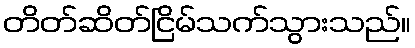
တိတ်ဆိတ်ငြိမ်သက်သွားသည်။